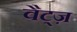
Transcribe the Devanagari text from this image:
वैट्ज़